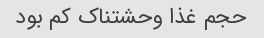
حجم غذا وحشتناک کم بود